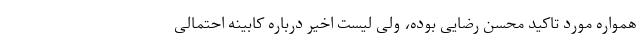
همواره مورد تاکید محسن رضایی بوده، ولی لیست اخیر درباره کابینه احتمالی